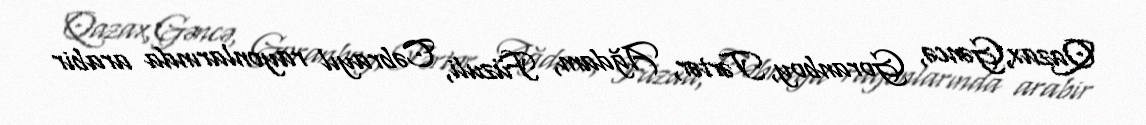
Qazax,Gəncə, Goranboy, Tərtər, Ağdam, Füzuli, Cəbrayıl rayonlarında arabir